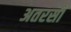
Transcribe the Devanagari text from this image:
अतरसी